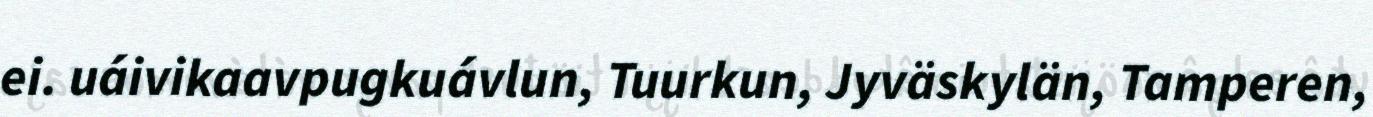
ei. uáivikaavpugkuávlun, Tuurkun, Jyväskylän, Tamperen,